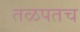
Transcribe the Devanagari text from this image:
तळपतच